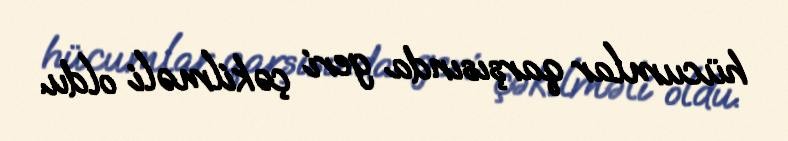
hücumlar qarşısında geri çəkilməli oldu.